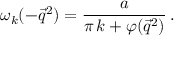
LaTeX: \omega _ { k } ( - \overrightarrow { q } ^ { 2 } ) = \frac a { \pi \, k + \varphi ( \overrightarrow { q } ^ { 2 } ) } \, .